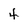
Character: 4